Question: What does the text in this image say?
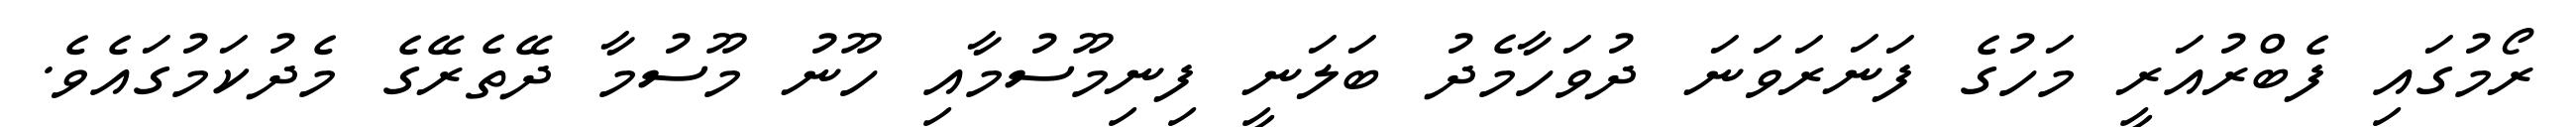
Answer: ރޯމުގައި ފެބްރުއަރީ މަހުގެ ފަނަރަވަނަ ދުވަހާމެދު ބަލަނީ ފިނިމޫސުމާއި ހޫނު މޫސުމާ ދޭތެރޭގެ މެދުކަމުގައެވެ.